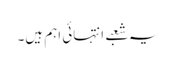
یہ شعبے انتہائی اہم ہیں۔